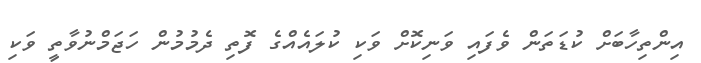
އިންތިހާބަށް ކުޑަތަން ވެފައި ވަނިކޮށް ވަކި ކުލައެއްގެ ފޮތި ދެމުމުން ހަޖަމްނުވާތީ ވަކި